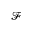
\mathcal { F }